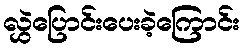
လွှဲပြောင်းပေးခဲ့ကြောင်း